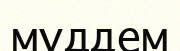
мүддем